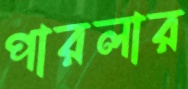
পারলার